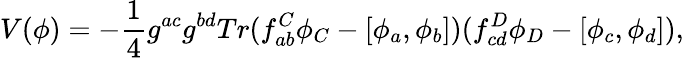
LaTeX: V(\phi)=-\frac{1}{4}g^{ac}g^{bd}Tr(f_{ab}^{C}\phi_{C}-[\phi_{a},\phi_{b}])(f_{cd}^{D}\phi_{D}-[\phi_{c},\phi_{d}]),